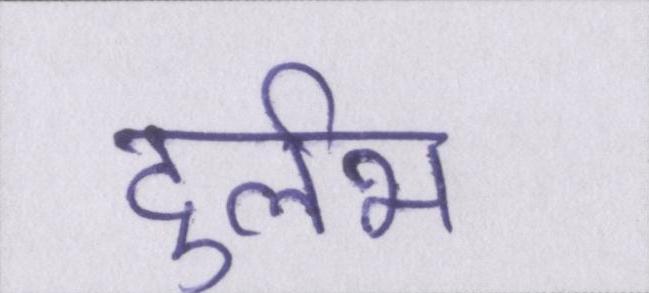
दुर्लभ